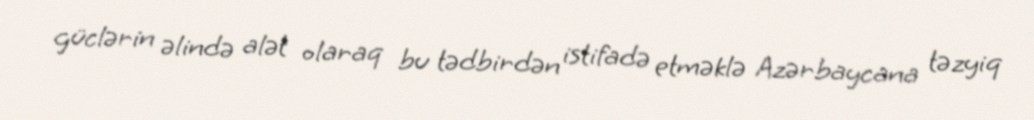
güclərin əlində alət olaraq bu tədbirdən istifadə etməklə Azərbaycana təzyiq